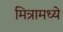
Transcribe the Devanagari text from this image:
मित्रामध्ये